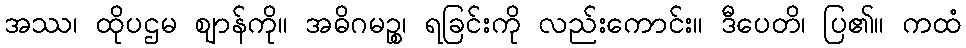
အဿ၊ ထိုပဌမ ဈာန်ကို။ အဓိဂမဉ္စ၊ ရခြင်းကို လည်းကောင်း။ ဒီပေတိ၊ ပြ၏။ ကထံ